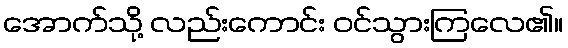
အောက်သို့ လည်းကောင်း ဝင်သွားကြလေ၏။